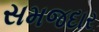
સમજદાર